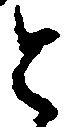
と